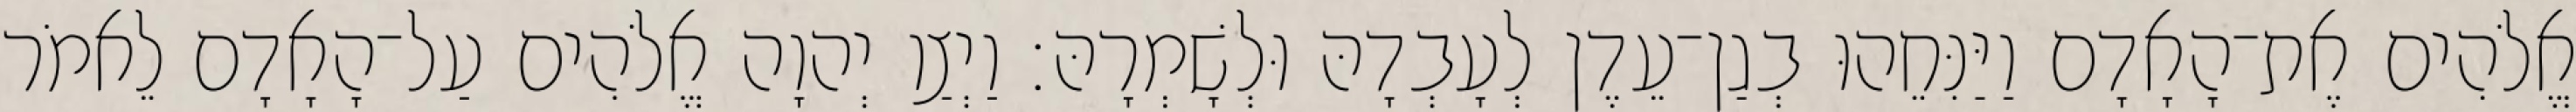
אֱלֹהִים אֶת־הָאָדָם וַיַּנִּחֵהוּ בְגַן־עֵדֶן לְעָבְדָהּ וּלְשָׁמְרָהּ׃ וַיְצַו יְהוָה אֱלֹהִים עַל־הָאָדָם לֵאמֹר